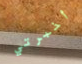
أخبرتي